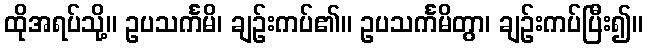
ထိုအရပ်သို့။ ဥပသင်္ကမိ၊ ချဉ်းကပ်၏။ ဥပသင်္ကမိတွာ၊ ချဉ်းကပ်ပြီး၍။